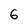
Character: 6